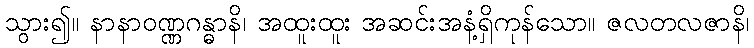
သွား၍။ နာနာဝဏ္ဏဂန္ဓာနိ၊ အထူးထူး အဆင်းအနံ့ရှိကုန်သော။ ဇလတလဇာနိ၊